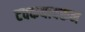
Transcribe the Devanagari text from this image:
टक्कयावरून